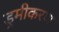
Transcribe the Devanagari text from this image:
ड्रमीकरण